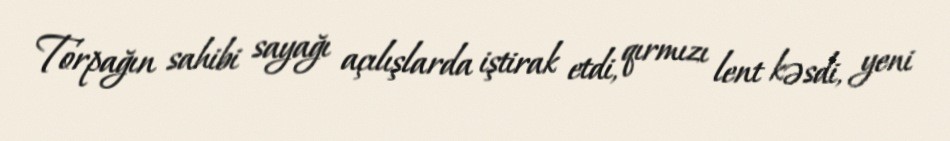
Torpağın sahibi sayağı açılışlarda iştirak etdi, qırmızı lent kəsdi, yeni